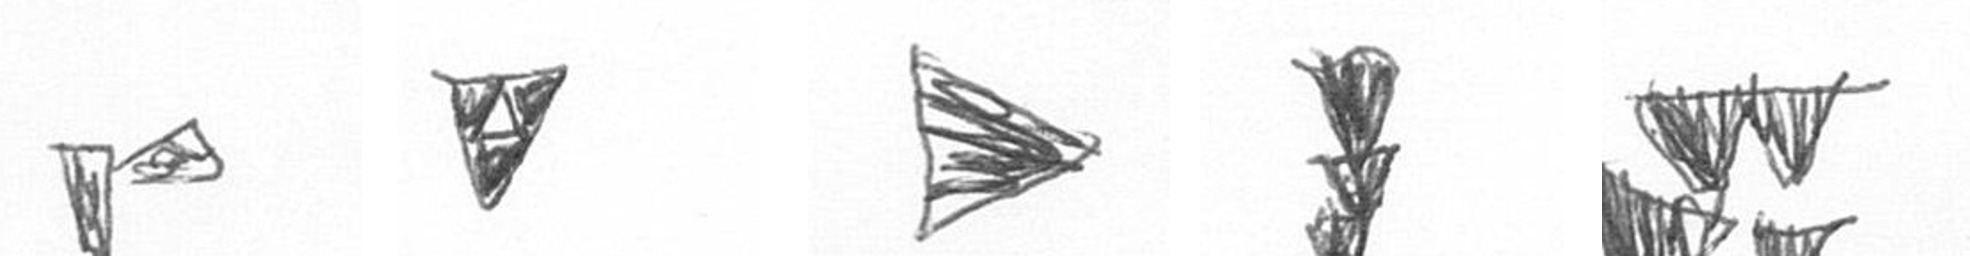
F S T E B